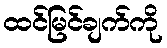
ထင်မြင်ချက်ကို